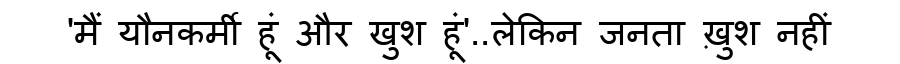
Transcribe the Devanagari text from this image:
'मैं यौनकर्मी हूं और खुश हूं'..लेकिन जनता ख़ुश नहीं